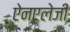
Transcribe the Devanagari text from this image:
ऐनएलेजी